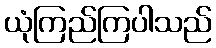
ယုံကြည်ကြပါသည်